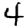
Digit: 4